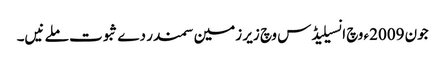
جون 2009ء وچ انسیلیڈس وچ زیر زمین سمندر دے ثبوت ملے نیں۔